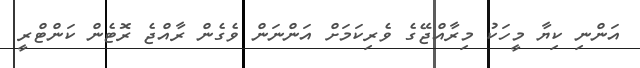
އަންނި ކިޔާ މީހަކު މިރާއްޖޭގެ ވެރިކަމަށް އަންނަން ވެގެން ރާއްޖެ ރޮޓެން ކަންޓްރީ